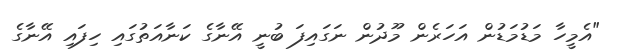
"އެމީހާ މަޑުމަޑުން އަހަރެން މޫދުން ނަގައިފަ ބުނީ އޭނާގެ ކަނާއަތުގައި ހިފައި އޭނާގެ